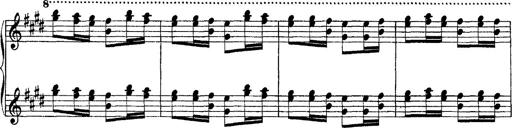
Title: Ã‰tudes d'exÃ©cution transcendante d'aprÃ¨s Paganini
Composer: Franz Liszt